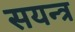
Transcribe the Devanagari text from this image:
सयन्त्र